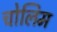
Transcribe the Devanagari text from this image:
चोलिम